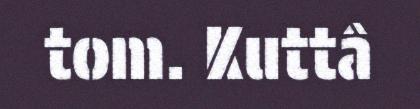
tom. Kuttâ